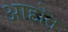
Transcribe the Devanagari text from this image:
अाहोत